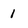
Character: 1